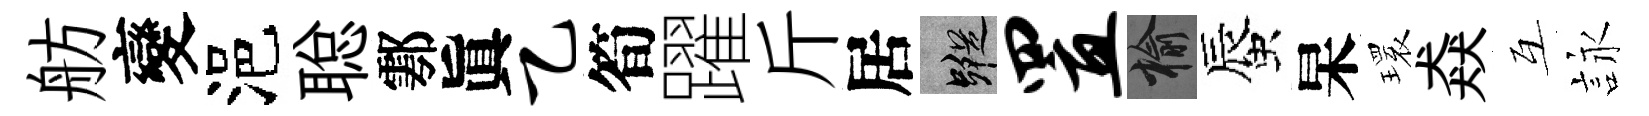
舫變浥聪鄠眞乙筍躍斤居蹤置榆蜃杲𤨔猋互詠